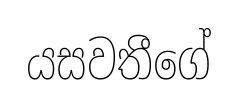
යසවතීගේ